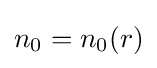
n_{0}=n_{0}(r)